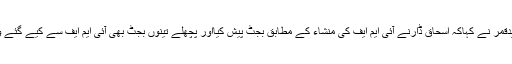
پیپلزپارٹی کے سابق وزیرِخزانہ نویدقمر نے کہاکہ اسحاق ڈارنے آئی ایم ایف کی منشاء کے مطابق بجٹ پیش کیااور پچھلے تینوں بجٹ بھی آئی ایم ایف سے کیے گئے وعدوں کے مطابق پیش کیے گئے ۔